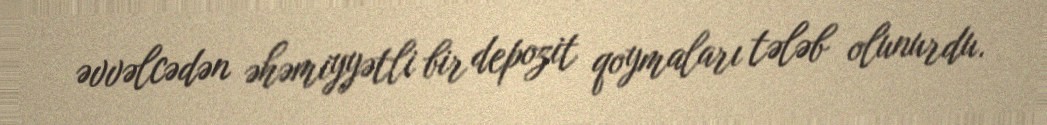
əvvəlcədən əhəmiyyətli bir depozit qoymaları tələb olunurdu.